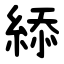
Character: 䋬